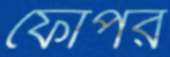
ফোঁপর